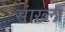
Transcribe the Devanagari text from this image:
सांख्ला